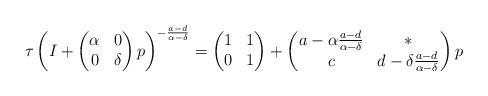
LaTeX: \begin{align*}\tau \left( I + \begin{pmatrix} \alpha & 0 \\ 0 & \delta \end{pmatrix} p \right)^{ - \frac{a-d}{\alpha - \delta}} = \begin{pmatrix} 1 & 1 \\ 0 & 1 \end{pmatrix} + \begin{pmatrix} a - \alpha \frac{a-d}{\alpha - \delta} & * \\ c & d - \delta \frac{a-d}{\alpha- \delta} \end{pmatrix} p\end{align*}